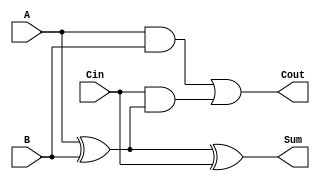
module LowPowerFullAdder (
    input wire A,      // First input bit
    input wire B,      // Second input bit
    input wire Cin,    // Carry-in bit
    output wire Sum,   // Resulting sum bit
    output wire Cout   // Carry-out bit
);

// Intermediate signals
wire A_xor_B;         // A XOR B
wire A_and_B;         // A AND B
wire Cin_and_A_xor_B; // Cin AND (A XOR B)

// Logic for Sum: A  B  Cin
assign A_xor_B = A ^ B;        // A XOR B
assign Sum = A_xor_B ^ Cin;    // (A XOR B) XOR Cin

// Logic for Cout: (A AND B) OR (Cin AND (A  B))
assign A_and_B = A & B;                                // A AND B
assign Cin_and_A_xor_B = Cin & A_xor_B;               // Cin AND (A XOR B)
assign Cout = A_and_B | Cin_and_A_xor_B;              // (A AND B) OR (Cin AND (A XOR B))

endmodule